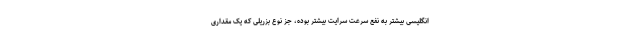
انگلیسی بیشتر به نفع سرعت سرایت بیشتر بوده، جز نوع بزریلی که یک مقداری